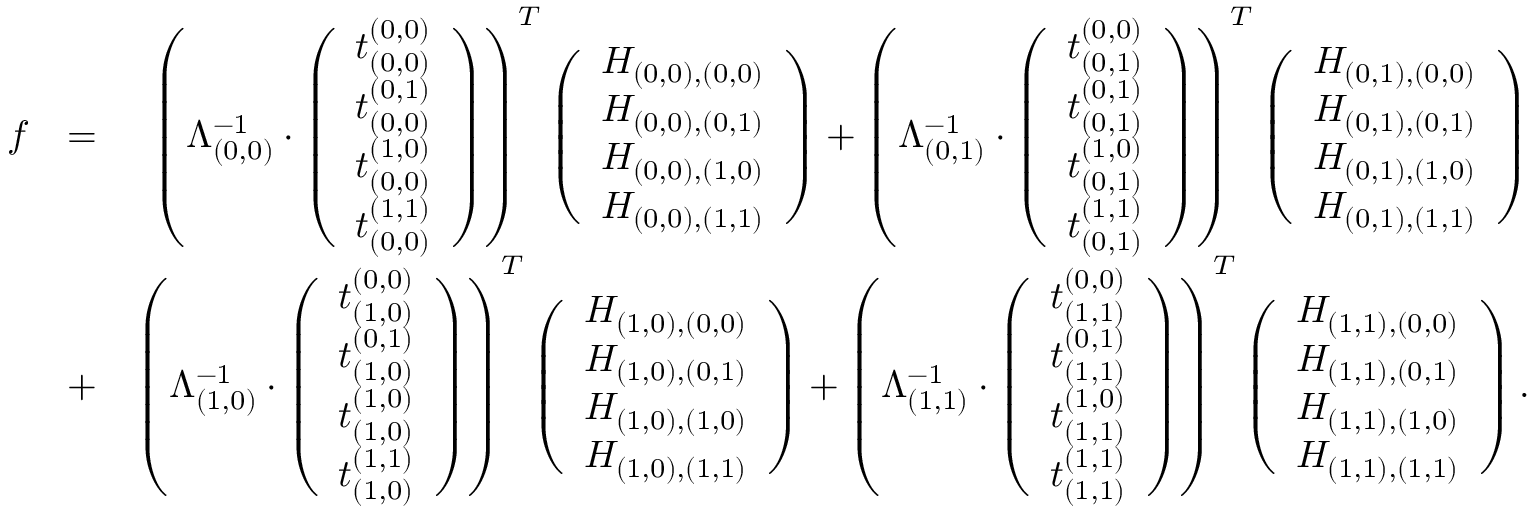
\begin{array} { r l r } { f } & { = } & { \left( \Lambda _ { ( 0 , 0 ) } ^ { - 1 } \cdot \left( \begin{array} { c } { t _ { ( 0 , 0 ) } ^ { ( 0 , 0 ) } } \\ { t _ { ( 0 , 0 ) } ^ { ( 0 , 1 ) } } \\ { t _ { ( 0 , 0 ) } ^ { ( 1 , 0 ) } } \\ { t _ { ( 0 , 0 ) } ^ { ( 1 , 1 ) } } \end{array} \right) \right) ^ { T } \left( \begin{array} { c } { H _ { ( 0 , 0 ) , ( 0 , 0 ) } } \\ { H _ { ( 0 , 0 ) , ( 0 , 1 ) } } \\ { H _ { ( 0 , 0 ) , ( 1 , 0 ) } } \\ { H _ { ( 0 , 0 ) , ( 1 , 1 ) } } \end{array} \right) + \left( \Lambda _ { ( 0 , 1 ) } ^ { - 1 } \cdot \left( \begin{array} { c } { t _ { ( 0 , 1 ) } ^ { ( 0 , 0 ) } } \\ { t _ { ( 0 , 1 ) } ^ { ( 0 , 1 ) } } \\ { t _ { ( 0 , 1 ) } ^ { ( 1 , 0 ) } } \\ { t _ { ( 0 , 1 ) } ^ { ( 1 , 1 ) } } \end{array} \right) \right) ^ { T } \left( \begin{array} { c } { H _ { ( 0 , 1 ) , ( 0 , 0 ) } } \\ { H _ { ( 0 , 1 ) , ( 0 , 1 ) } } \\ { H _ { ( 0 , 1 ) , ( 1 , 0 ) } } \\ { H _ { ( 0 , 1 ) , ( 1 , 1 ) } } \end{array} \right) } \\ & { + } & { \left( \Lambda _ { ( 1 , 0 ) } ^ { - 1 } \cdot \left( \begin{array} { c } { t _ { ( 1 , 0 ) } ^ { ( 0 , 0 ) } } \\ { t _ { ( 1 , 0 ) } ^ { ( 0 , 1 ) } } \\ { t _ { ( 1 , 0 ) } ^ { ( 1 , 0 ) } } \\ { t _ { ( 1 , 0 ) } ^ { ( 1 , 1 ) } } \end{array} \right) \right) ^ { T } \left( \begin{array} { c } { H _ { ( 1 , 0 ) , ( 0 , 0 ) } } \\ { H _ { ( 1 , 0 ) , ( 0 , 1 ) } } \\ { H _ { ( 1 , 0 ) , ( 1 , 0 ) } } \\ { H _ { ( 1 , 0 ) , ( 1 , 1 ) } } \end{array} \right) + \left( \Lambda _ { ( 1 , 1 ) } ^ { - 1 } \cdot \left( \begin{array} { c } { t _ { ( 1 , 1 ) } ^ { ( 0 , 0 ) } } \\ { t _ { ( 1 , 1 ) } ^ { ( 0 , 1 ) } } \\ { t _ { ( 1 , 1 ) } ^ { ( 1 , 0 ) } } \\ { t _ { ( 1 , 1 ) } ^ { ( 1 , 1 ) } } \end{array} \right) \right) ^ { T } \left( \begin{array} { c } { H _ { ( 1 , 1 ) , ( 0 , 0 ) } } \\ { H _ { ( 1 , 1 ) , ( 0 , 1 ) } } \\ { H _ { ( 1 , 1 ) , ( 1 , 0 ) } } \\ { H _ { ( 1 , 1 ) , ( 1 , 1 ) } } \end{array} \right) . } \end{array}